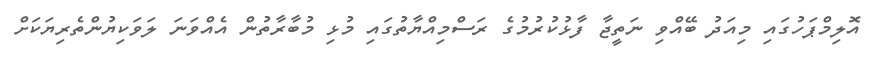
އޮލިމްޕަހުގައި މިއަދު ބޭއްވި ނަތީޖާ ފާޅުކުރުމުގެ ރަސްމިއްޔާތުގައި މުޅި މުބާރާތުން އެއްވަނަ ލަވަކިޔުންތެރިޔަކަށް